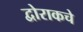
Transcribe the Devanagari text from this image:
द्वोराकचे